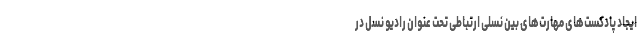
ایجاد پادکست‌های مهارت‌های بین نسلی ارتباطی تحت عنوان رادیو نسل در